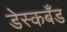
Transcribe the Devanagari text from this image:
डेस्कबँड